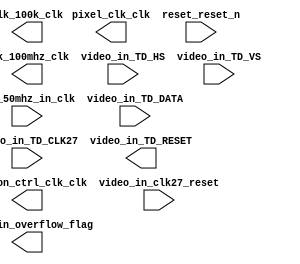

module Raster_Laser_Projector (
	clk_100k_clk,
	clk_100mhz_clk,
	clk_50mhz_in_clk,
	pixel_clk_clk,
	polygon_ctrl_clk_clk,
	reset_reset_n,
	video_in_TD_CLK27,
	video_in_TD_DATA,
	video_in_TD_HS,
	video_in_TD_VS,
	video_in_clk27_reset,
	video_in_TD_RESET,
	video_in_overflow_flag);	

	output		clk_100k_clk;
	output		clk_100mhz_clk;
	input		clk_50mhz_in_clk;
	output		pixel_clk_clk;
	output		polygon_ctrl_clk_clk;
	input		reset_reset_n;
	input		video_in_TD_CLK27;
	input	[7:0]	video_in_TD_DATA;
	input		video_in_TD_HS;
	input		video_in_TD_VS;
	input		video_in_clk27_reset;
	output		video_in_TD_RESET;
	output		video_in_overflow_flag;
endmodule